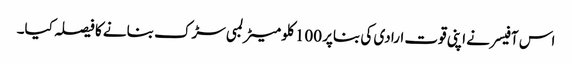
اس آفیسر نے اپنی قوت ارادی کی بناپر 100 کلو میٹر لمبی سڑک بنانے کا فیصلہ کیا۔